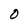
Character: 0